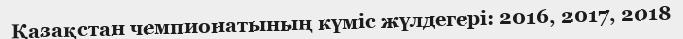
Қазақстан чемпионатының күміс жүлдегері: 2016, 2017, 2018